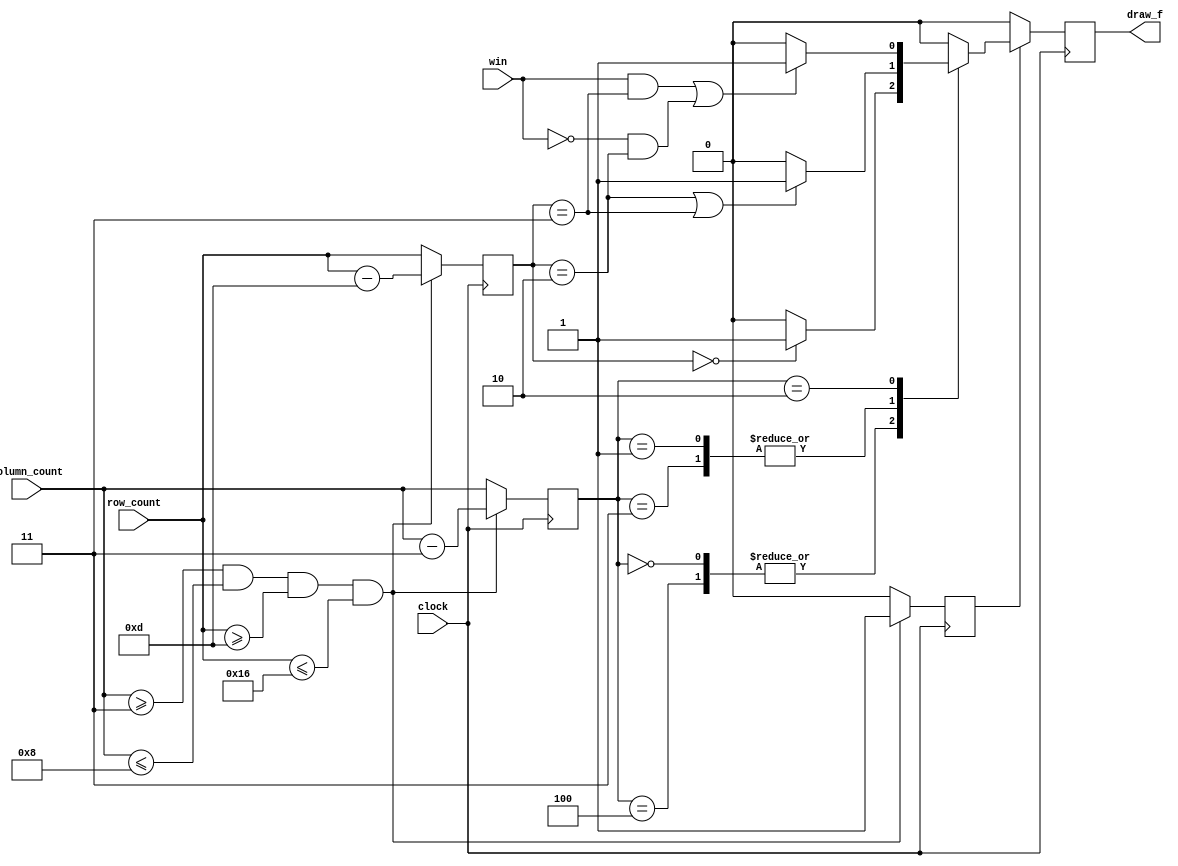
//To draw the smile face in the end of the game
module Face_Display #(
    parameter
    COL_S = 6'd3,
    COL_E = 6'd8,
    ROW_S = 6'd13,
    ROW_E = 6'd22
    ) (
    input clock,
    input [5:0] column_count,
    input [5:0] row_count,
    input win,
    
    output reg draw_f
    );

    reg [5:0] fixed_column_count, fixed_row_count;
    reg display = 0;

    //Decide which number to display
    //fix the coordinate and get the corresponding score 
    always @(posedge clock) begin
        if (column_count >= COL_S & column_count <= COL_E & row_count >= ROW_S & row_count <= ROW_E) begin
            fixed_column_count <= column_count - COL_S;
            fixed_row_count <= row_count - ROW_S;
            display <= 1'b1;
        end else begin
            fixed_column_count <= column_count;
            fixed_row_count <= row_count;
            display <= 1'b0;
        end
    end

    always @(posedge clock) begin
        if (display) begin
            case (fixed_column_count)
                6'd0, 6'd4: begin
                    draw_f <= (fixed_row_count == 6'd0) ? 1'b1 : 1'b0;
                end
                6'd1, 6'd3: begin
                    draw_f <= (fixed_row_count == 6'd2 | fixed_row_count == 6'd3) ? 1'b1 : 1'b0;
                end
                6'd2: begin
                    draw_f <= ((win & (fixed_row_count == 6'd3)) | ( ~win & (fixed_row_count == 6'd2))) ? 1'b1 : 1'b0;
                end
                default: begin
                    draw_f <= 1'b0;
                end
            endcase
        end
        else begin
            draw_f <= 1'b0;
        end
    end
endmodule